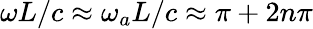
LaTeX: \omega L/c\approx\omega_{a}L/c\approx\pi+2n\pi